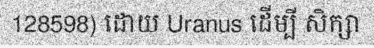
128598) ដោយ Uranus ដើម្បី សិក្សា